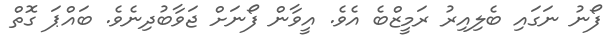
ފޯނު ނަގައި ބެލިއިރު ރަމީޒްބެ އެވެ. އީވާން ފޯނަށް ޖަވާބުދިނެވެ. ބައްޕަ ގޮތް